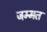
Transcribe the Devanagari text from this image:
जम्मत